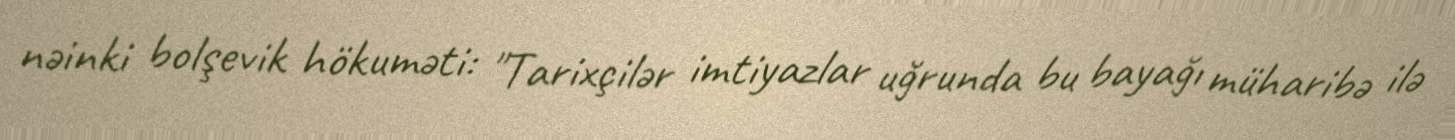
nəinki bolşevik hökuməti: "Tarixçilər imtiyazlar uğrunda bu bayağı müharibə ilə